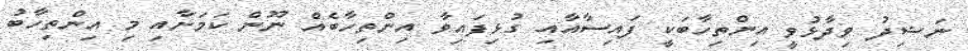
ނަޝިދު ވިދާޅުވީ އިންތިހާބަކީ ފައިސާއާއި ގުޅިފައިވާ އިންތިހާބެއް ނޫން ކަމަށާއި މި އިންތިހާބު